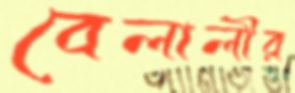
বেলালীর